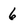
Character: 6